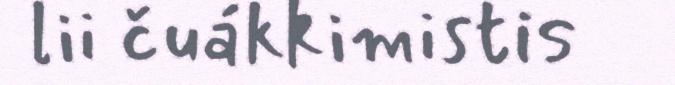
lii čuákkimistis